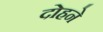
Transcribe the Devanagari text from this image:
दोहने